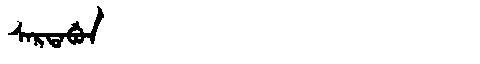
Manchu: ᠰᠠᡵᡨᠠᠪᡠᠨ
Romanization: SARTABUN